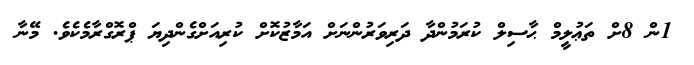
1ން 8ށް ތަޢުލީމް ޙާސިލް ކުރަމުންދާ ދަރިވަރުންނަށް އަމާޒުކޮށް ކުރިއަށްގެންދިޔަ ޕްރޮގްރާމެކެވެ. މޭނާ